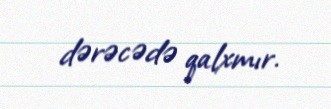
dərəcədə qalxmır.